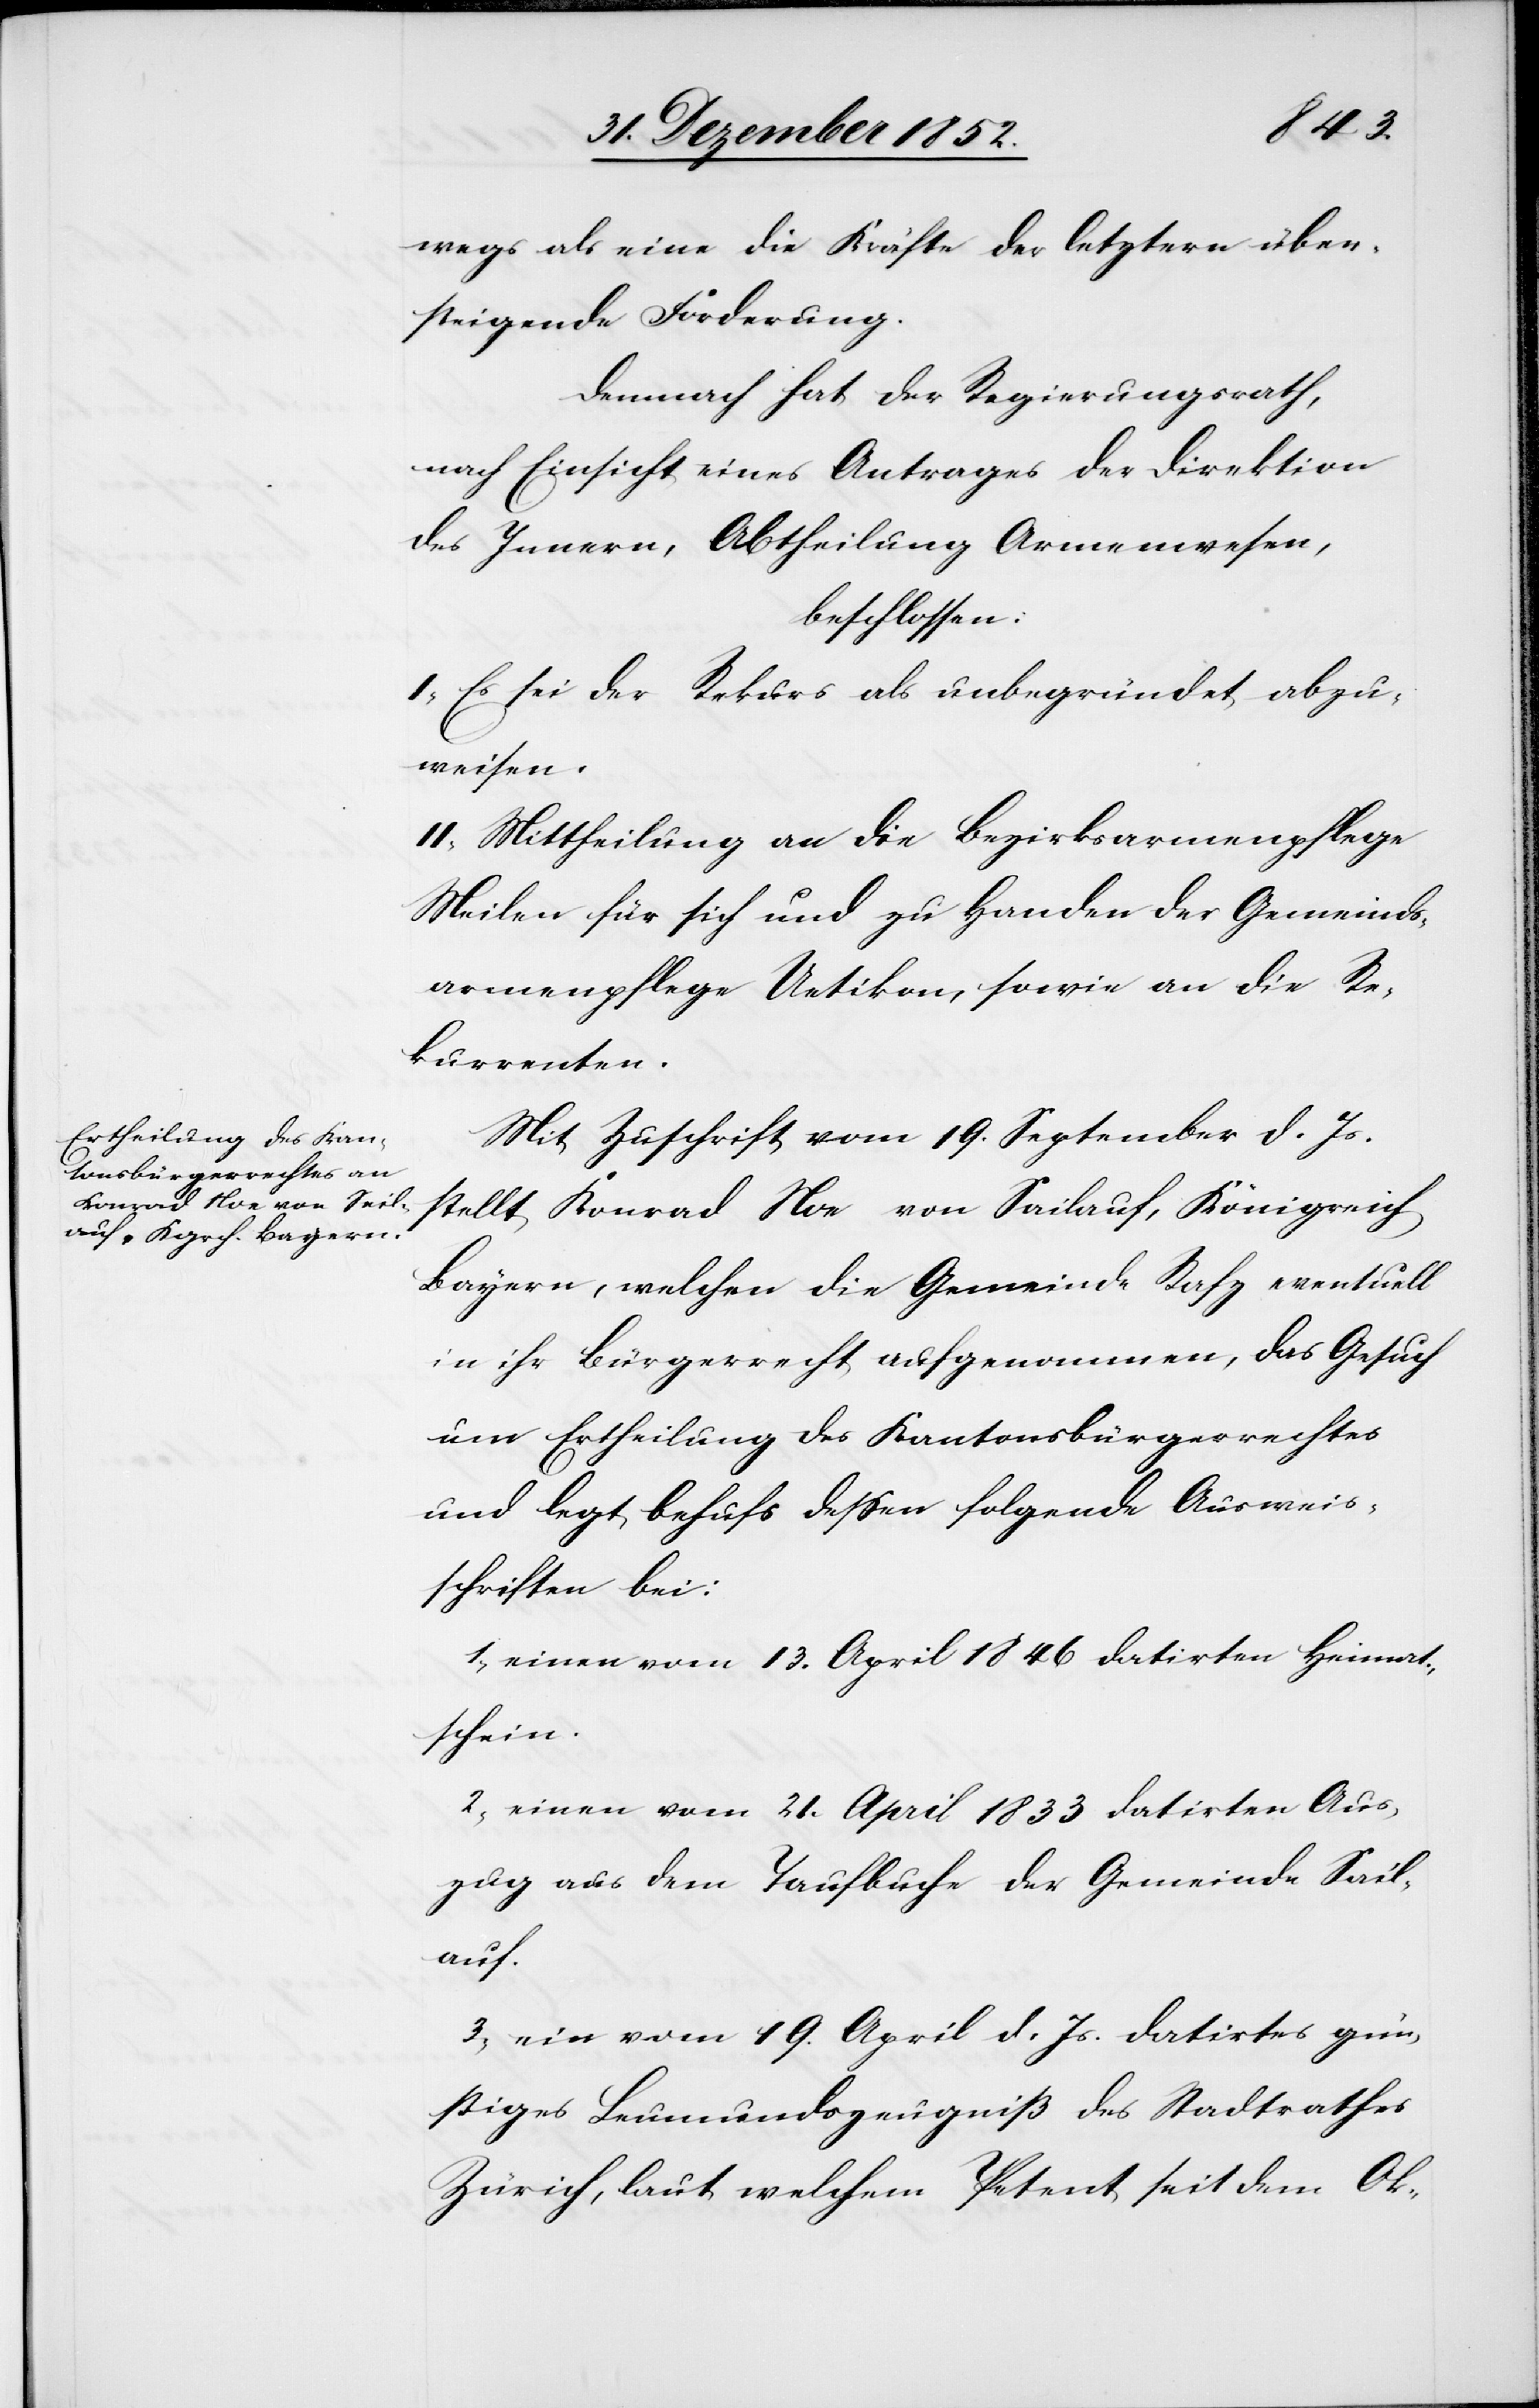
wegs als eine die Kräfte der letztern über¬
steigende Forderung.
Demnach hat der Regierungsrath,
nach Einsicht eines Antrages der Direktion
des Innern, Abtheilung Armenwesen,
beschlossen:
I, Es sei der Rekurs als unbegründet abzu¬
weisen.
II, Mittheilung an die Bezirksarmenpflege
Meilen für sich und zu Handen der Gemeinds¬
armenpflege Uetikon, sowie an die Re¬
kurrenten.
Mit Zuschrift vom 19. September d. Js.
stellt Konrad Noe von Sailauf, Königreich
Bayern, welchen die Gemeinde Rafz eventuell
in ihr Bürgerrecht aufgenommen, das Gesuch
um Ertheilung des Kantonsbürgerrechtes
und legt behufs dessen folgende Ausweis¬
schriften bei:
einen vom 13. April 1846 datirten Heimat¬
schein.
einen vom 21. April 1833 datirten Aus¬
zug aus dem Taufbuche der Gemeinde Sail¬
auf.
ein vom 19. April d. Js. datirtes gün¬
stiges Leumundszeugniß des Stadtrathes
Zürich, laut welchem Petent seit dem Ok-